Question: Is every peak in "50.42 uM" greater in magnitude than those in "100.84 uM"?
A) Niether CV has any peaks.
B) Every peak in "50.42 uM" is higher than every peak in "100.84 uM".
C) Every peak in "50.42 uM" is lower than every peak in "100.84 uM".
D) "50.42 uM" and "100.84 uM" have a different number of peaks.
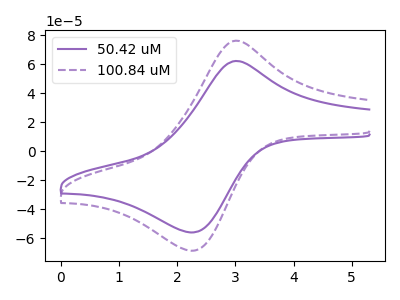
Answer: <think>The purple curve "50.42 uM" has an anodic peak at (3.00V, 62.15uA) and a cathodic peak at (2.25V, -56.00uA). The purple dashed curve "100.84 uM" has an anodic peak at (3.00V, 76.10uA) and a cathodic peak at (2.25V, -68.60uA).</think>
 <answer>C) Every peak in "50.42 uM" is lower than every peak in "100.84 uM".</answer>
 <eval>C</eval>